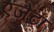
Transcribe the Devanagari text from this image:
एजेंटा